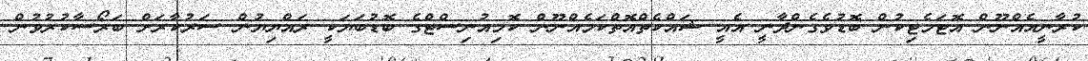
ކުރާނީއެއްނޫން އޮޓަމެޓިކުން ބޮޑުވެގެންދާނީ އެއީ ޝައްކެތްއޮތްކަމެއްނޫން ކޮމިއުނިސްޓްގެ ބޮޑުބަޔަކީ ރައްޔިޔުން ސަރުކާރަށް ބަރޯސާކުރުވުން.